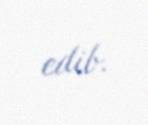
edib.